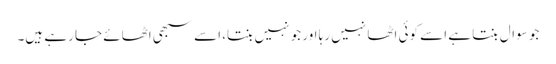
جو سوال بنتا ہے اسے کوئی اٹھا نہیں رہا اور جو نہیں بنتا، اسے سبھی اٹھائے جا رہے ہیں۔